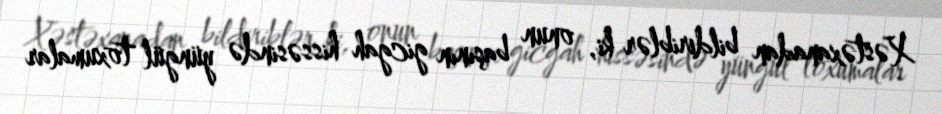
Xəstəxanadan bildiriblər ki, onun başının gicgah hissəsində yüngül toxumalar